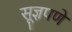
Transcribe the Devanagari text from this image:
सूज्ञपणे